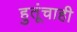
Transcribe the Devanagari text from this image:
हुतूंचाही